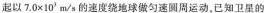
起以$$7 . 0 \times 1 0 ^ { 3 }$$m/s的速度绕地球做匀速圆周运动，已知卫星的